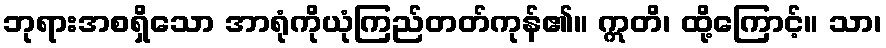
ဘုရားအစရှိသော အာရုံကိုယုံကြည်တတ်ကုန်၏။ ဣတိ၊ ထို့ကြောင့်။ သာ၊